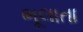
ભૂલાતા